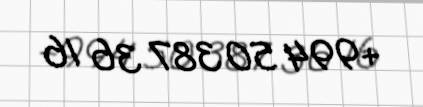
+994 50 387 36 16